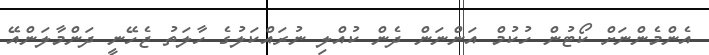
އެންމެންނަށް ކޯޓުން ހުކުމް އަންނަން ދެން ކުއްލި ނުރައްކަލުގެ ހާލަތު ޖެހޭނީ ދަންމާލަންއޭ